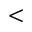
<